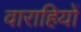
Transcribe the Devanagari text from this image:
वाराहियों